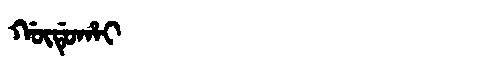
Manchu: ᡤᡡᡩᡠᡥᠠᡳ
Romanization: GŪDUHAI